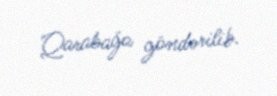
Qarabağa göndərilib.